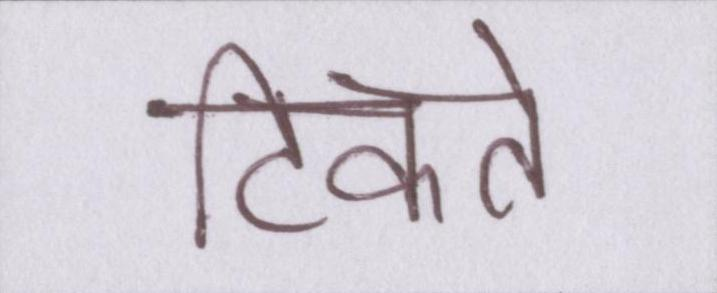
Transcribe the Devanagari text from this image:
टिकते